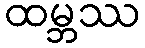
ထမ္ဘဿ